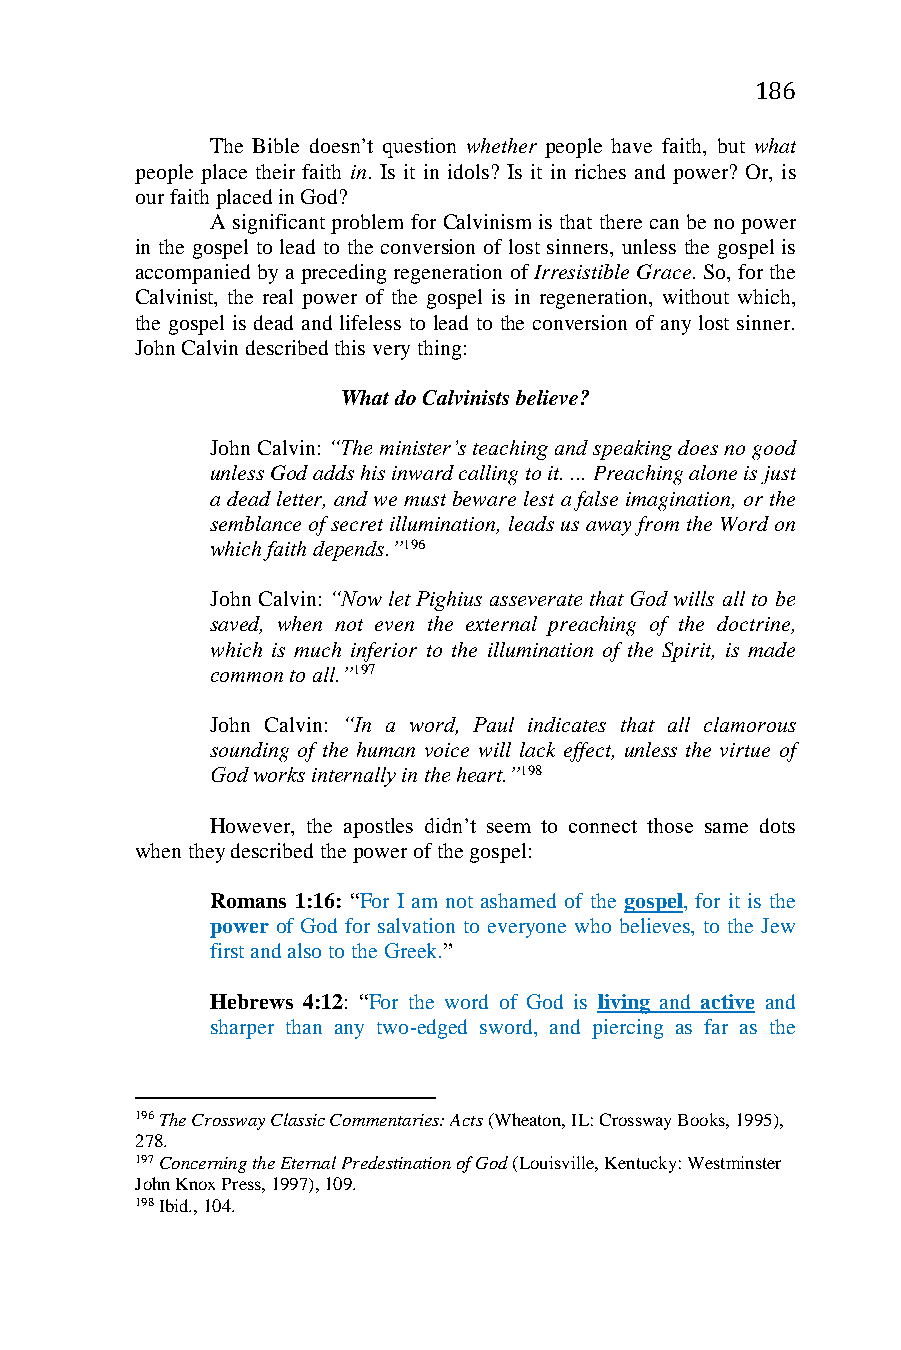
186
 The Bible doesn’t question whether people have faith, but what
 people place their faith in. Is it in idols? Is it in riches and power? Or, is
 our faith placed in God?
 A significant problem for Calvinism is that there can be no power
 in the gospel to lead to the conversion of lost sinners, unless the gospel is
 accompanied by a preceding regeneration of Irresistible Grace. So, for the
 Calvinist, the real power of the gospel is in regeneration, without which,
 the gospel is dead and lifeless to lead to the conversion of any lost sinner.
 John Calvin described this very thing:
 What do Calvinists believe?
 John Calvin: “The minister’s teaching and speaking does no good
 unless God adds his inward calling to it. ... Preaching alone is just
 a dead letter, and we must beware lest a false imagination, or the
 semblance of secret illumination, leads us away from the Word on
 which faith depends.”196
 John Calvin: “Now let Pighius asseverate that God wills all to be
 saved, when not even the external preaching of the doctrine,
 which is much inferior to the illumination of the Spirit, is made
 common to all.”197
 John Calvin: “In a word, Paul indicates that all clamorous
 sounding of the human voice will lack effect, unless the virtue of
 God works internally in the heart.”198
 However, the apostles didn’t seem to connect those same dots
 when they described the power of the gospel:
 Romans 1:16: “For I am not ashamed of the gospel, for it is the
 power of God for salvation to everyone who believes, to the Jew
 first and also to the Greek.”
 Hebrews 4:12: “For the word of God is living and active and
 sharper than any two-edged sword, and piercing as far as the
 196 The Crossway Classic Commentaries: Acts (Wheaton, IL: Crossway Books, 1995),
 278.
 197 Concerning the Eternal Predestination of God (Louisville, Kentucky: Westminster
 John Knox Press, 1997), 109.
 198 Ibid., 104.